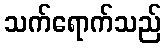
သက်ရောက်သည်